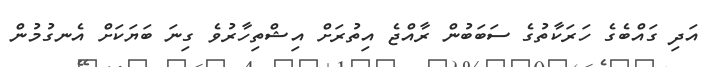
އަދި ގައްބެގެ ހަރަކާތުގެ ސަބަބުން ރާއްޖެ އިތުރަށް އިޝްތިހާރުވެ ގިނަ ބަޔަކަށް އެނގުމުން